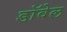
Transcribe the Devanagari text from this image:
डॉवेल